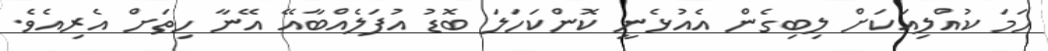
ހަމަ ކުއްލިއަކަށް ލިބިގެން އެއުޅެނީ ކޮންކަހަލަ ބޮޑު އުފަލެއްބާއޭ އޭނާ ހިތަށް އެރިއެވެ.